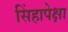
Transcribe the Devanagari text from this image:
सिंहापेक्षा